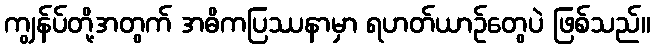
ကျွန်ပ်တို့အတွက် အဓိကပြဿနာမှာ ရဟတ်ယာဉ်တွေပဲ ဖြစ်သည်။